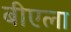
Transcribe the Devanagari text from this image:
बीएला